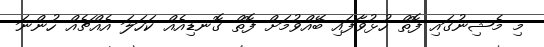
މި މެޝިނުގައި ފޮތް ހުޅުވާފައި ބޭއްވުމަށް ފޮތް ގޮނޑިއެއް ކަހަލަ އެއްޗެއް ހުންނަ